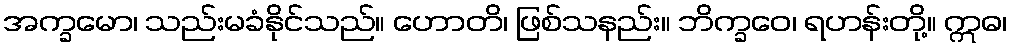
အက္ခမော၊ သည်းမခံနိုင်သည်။ ဟောတိ၊ ဖြစ်သနည်း။ ဘိက္ခဝေ၊ ရဟန်းတို့။ ဣဓ၊